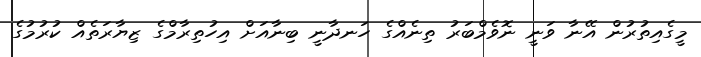
މީގެއިތުރުން އޭނާ ވަނީ ނޮވެމްބަރު ތިނެއްގެ ހަނދާނީ ބިނާއަށް އިހުތިރާމްގެ ޒިޔާރަތެއް ކުރުމުގެ